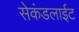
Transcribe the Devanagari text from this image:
सेकंडलाईट